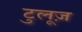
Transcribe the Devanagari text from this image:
टुलूज़